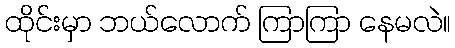
ထိုင်းမှာ ဘယ်လောက် ကြာကြာ နေမလဲ။